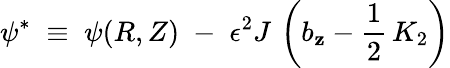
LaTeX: \psi^{*}\; \equiv{}\; \psi(R,Z)\; -\; \epsilon^{2}J\, \left(b_{\mathbf{z}}-\frac{{1}}{{2}}\, K_{2}\right)